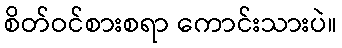
စိတ်ဝင်စားစရာ ကောင်းသားပဲ။